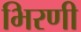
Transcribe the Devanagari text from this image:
भिरणी